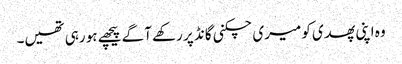
وہ اپنی پھدی کو میری چکنی گانڈ پر رکھے آگے پیچھے ہو رہی تھیں۔